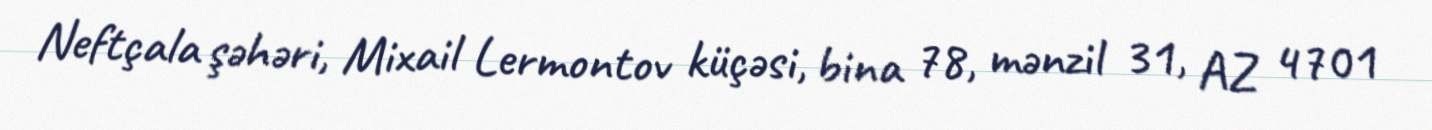
Neftçala şəhəri, Mixail Lermontov küçəsi, bina 78, mənzil 31, AZ 4701